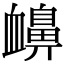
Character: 𧗗